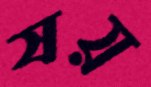
ষয়